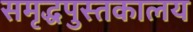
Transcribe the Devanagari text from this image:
समृद्धपुस्तकालय